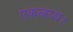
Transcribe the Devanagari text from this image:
एकलव्य।